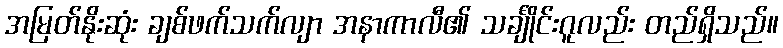
အမြတ်နိုးဆုံး ချစ်ဖက်သက်လျာ အနာကာလီ၏ သင်္ချိုင်းဂူလည်း တည်ရှိသည်။